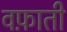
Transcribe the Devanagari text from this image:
वफ़ाती